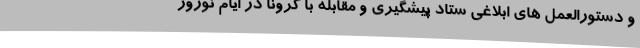
و دستورالعمل های ابلاغی ستاد پیشگیری و مقابله با کرونا در ایام نوروز